Annual report of lunatic asylums [Bombay] - 1912-1922
Year: 1912
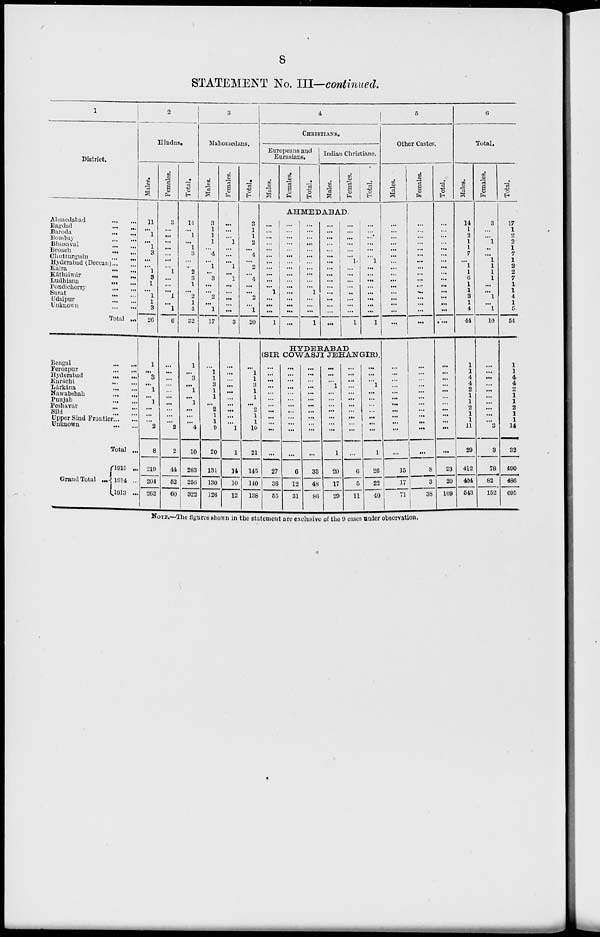
8
STATEMENT No. III—continued.
1
District.
Ahmedabad
...
...
Bagdad ... ...
Baroda ... ...
Bombay ... ...
Bhusaval ... ...
Broach ... ...
Chutturlsin ... ...
Hyderabad (Deccan) ... ...
Kaira ... ...
Káthiáwár ... ...
Ludhiana ... ...
Pondicherry ... ...
Surat ... ...
Udaipur ... ...
Unknown ... ...
Total ...
Bengal
...
...
Ferozpur
...
...
Hyderabad
...
...
Karáchi
...
...
Lárkána
...
...
Nawabshah
...
...
Punjab
...
...
Peshavar ... ...
Sibi ... ...
Upper Sind Frontier ... ...
Unknown
...
...
Total ...
Grand Total
...
1915 ...
1914 ...
1913 ...
2
Hindus.
Males.
11
...
1
...
1
3
...
...
1
3
1
...
1
1
3
26
1
...
3
...
1
...
1
...
... ...
2
8
219
204
262
Females.
3
...
...
...
...
...
...
...
1
...
...
...
1
...
1
6
...
...
...
...
...
...
...
...
...
...
2
2
44
62
60
Total.
14
...
1
...
1
3
...
...
2
3
1
...
2
1
4
32
1
...
3
...
1
...
1
. ..
...
...
4
10
263
256
322
3
Mahomedans.
Males.
3
1
1
1
...
4
...
1
...
3
...
...
2
...
1
17
...
1
1
3
1
1
...
2
1
1
9
20
131
130
126
Females.
...
...
...
1
...
...
...
1
...
1
...
...
...
...
...
3
...
. ..
...
...
...
...
...
...
...
...
1
1
14
10
12
Total.
3
1
1
2
...
4
...
2
...
4
...
...
2
...
1
20
...
1
1
3
1
1
...
2
1
1
10
21
145
140
138
4
CHRISTIANS.
Europeans and
Eurasians.
Males.
Females.
Total.
Indian Christians.
Males.
Females.
Total.
AHMEDABAD.
...
...
...
...
...
...
...
...
...
...
...
1
...
...
. ..
1
...
...
...
...
...
...
...
...
...
...
...
...
...
...
...
...
...
...
. ..
...
. ..
...
...
...
. ..
...
...
1
...
...
...
1
...
...
...
...
...
...
...
...
...
...
...
...
...
...
...
...
...
...
...
...
...
...
1
...
...
...
...
...
...
...
...
1
...
...
...
...
...
...
1
...
...
...
...
...
...
...
...
1
HYDERABAD
(SIR COWASJI JEHANGIR).
...
...
...
...
...
...
. ..
...
...
...
...
27
36
55
...
...
...
...
...
...
...
...
...
...
...
...
6
12
31
...
...
...
...
...
...
...
...
...
...
...
...
33
48
86
...
...
...
1
...
...
...
...
...
...
...
1
20
17
29
...
. ..
...
. ..
...
. ..
...
...
...
...
...
...
6
5
11
...
. ..
...
1
...
...
. ..
...
...
...
...
1
26
22
40
5
Other Castes.
Males.
...
...
...
...
...
...
...
...
...
...
...
...
...
...
...
...
...
...
...
...
. . .
...
...
...
...
...
...
...
15
17
71
Females.
...
...
...
...
...
...
...
...
...
...
...
...
...
...
...
...
...
...
...
...
...
...
...
...
...
...
...
...
8
3
38
Total.
...
...
...
...
...
...
...
...
...
...
...
...
...
...
...
. ...
...
...
...
...
...
...
...
...
...
...
...
...
23
20
109
6
Total.
Males.
14
1
2
1
1
7
...
1
1
6
1
1
3
1
4
44
1
1
4
4
2
1
1
2
1
1
11
29
412
404
543
Females.
3
...
...
1
...
...
1
1
1
1
...
...
1
...
1
10
...
...
...
...
...
...
...
...
...
...
3
3
78
82
152
Total.
17
1
2
2
1
7
1
2
2
7
1
1
4
1
5
54
1
1
4
4
2
1
1
2
1
1
14
32
490
486
695
NOTE.—The figures shown in the statement are exclusive of the 9 cases under observation.